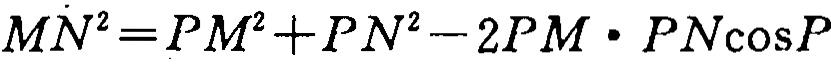
\(MN^{2}=PM^{2}+PN^{2}-2PM\cdot PN\cos P\)